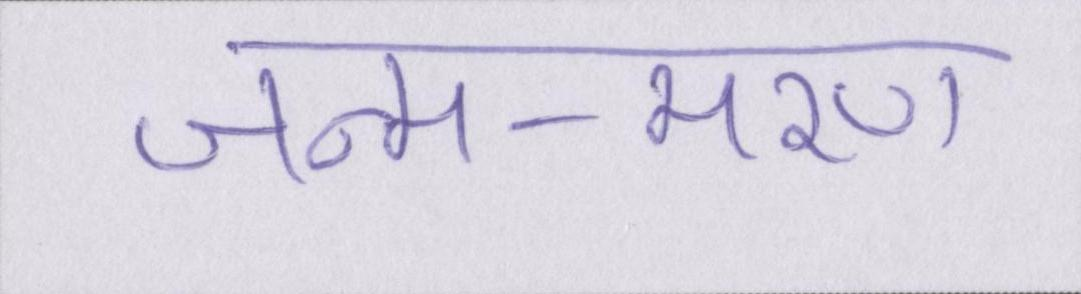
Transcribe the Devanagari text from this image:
जन्म-मरण